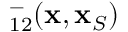
{ \bf \Gamma } _ { 1 2 } ^ { - } ( { \bf x } , { \bf x } _ { S } )